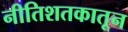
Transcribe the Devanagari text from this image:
नीतिशतकातून